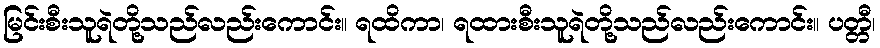
မြင်းစီးသူရဲတို့သည်လည်းကောင်း။ ရထိကာ၊ ရထားစီးသူရဲတို့သည်လည်းကောင်း။ ပတ္တီ၊